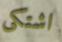
اشتكى